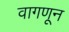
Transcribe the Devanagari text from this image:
वागणून